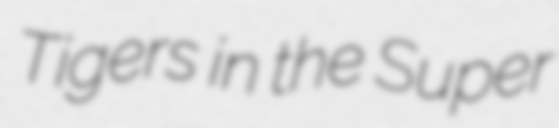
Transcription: Tigers in the Super